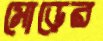
মোড়ের